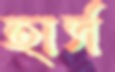
হার্স